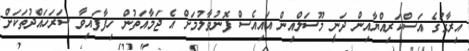
އިރާގުގެ އަސްކަރިއްޔާއިން ދަނީ މޫސަލްއިން އައިއެސް ފޮނުވާލުމަށް އެ ޖަމާއަތުން ހިފާފައިވާ ސަރަހައްދުތަކަށް